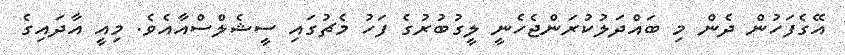
އޭގެފަހުން ދެން މި ބައްދަލުކުރަންޖެހެނީ ލީގުބުރުގެ ފަހު މެޗުގައި ސީޝެލްސްއާއެވެ. މިއީ އާދައިގެ